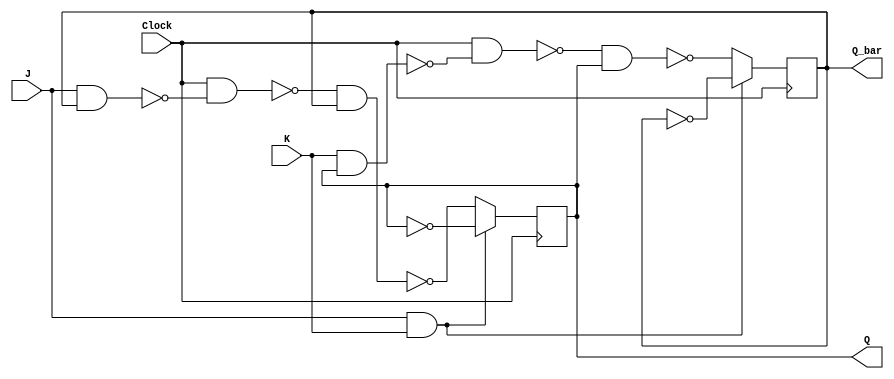
module JK_flipflop(J,K,Clock,Q,Q_bar);

  input J,K,Clock;
  output reg Q,Q_bar;
  wire nand1, nand2, nand3, nand4;
  assign nand1 = ~(J & Q_bar);
  assign nand2 = ~(K & Q);
  assign nand3 = ~(Clock & nand1);
  assign nand4 = ~(Clock & nand2);

  always @(posedge Clock) begin
    if (J && K) begin
      Q <= ~Q; 
      Q_bar <= ~Q_bar; 
    end else begin
      Q <= ~(nand3 & Q_bar);
      Q_bar <= ~(nand4 & Q);
    end
  end

endmodule